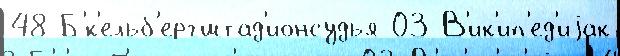
48 Б'́к'ельб'ергштад'ионсудья 03 В'ик'ип'ед'иjак